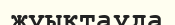
жуықтауда